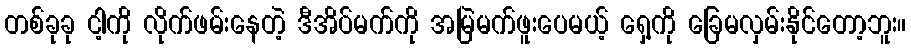
တစ်ခုခု ငါ့ကို လိုက်ဖမ်းနေတဲ့ ဒီအိပ်မက်ကို အမြဲမက်ဖူးပေမယ့် ရှေ့ကို ခြေမလှမ်းနိုင်တော့ဘူး။